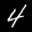
Label: 4